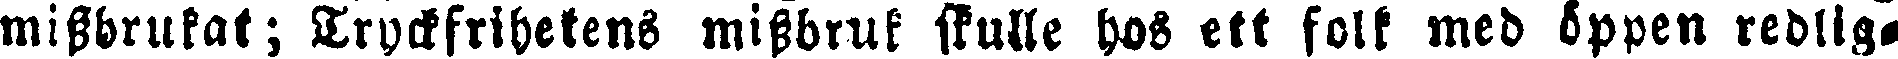
missbrukat; Tryckfrihetens missbruk skulle hos ett folk med öppen redlig-